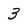
Character: 3